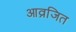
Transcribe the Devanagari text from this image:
आव्रजित